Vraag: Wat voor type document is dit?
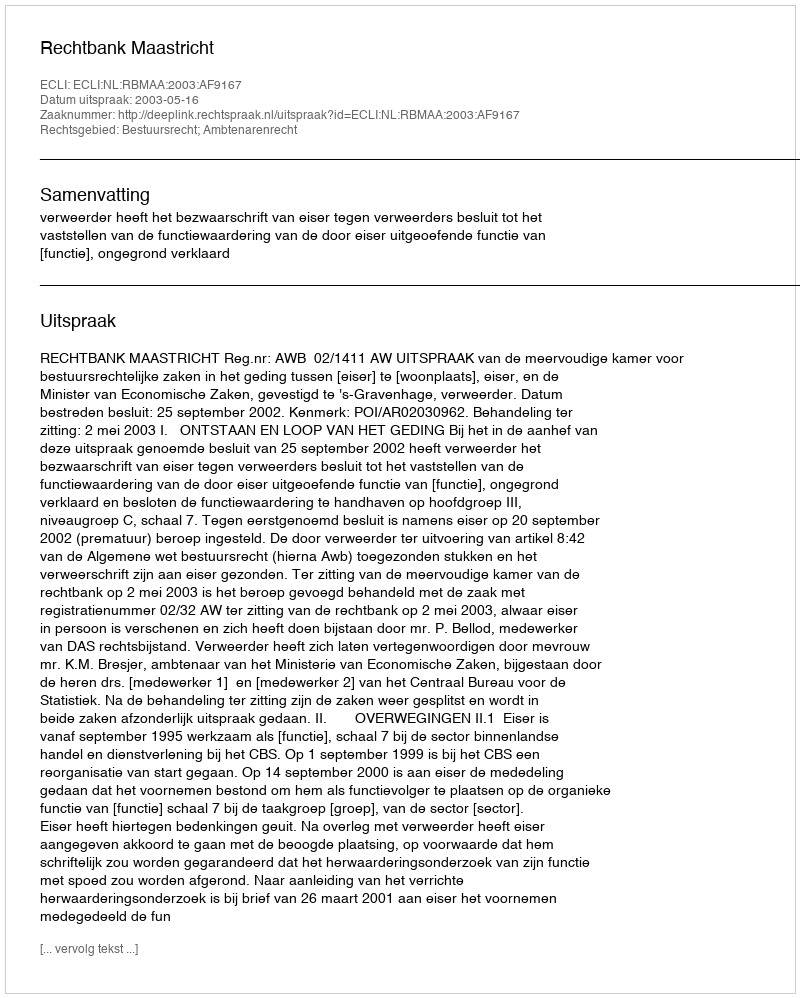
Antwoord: Uitspraak